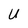
Character: U